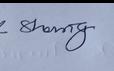
Signature authenticity: genuine